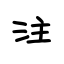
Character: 注